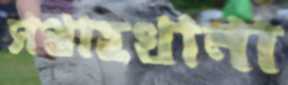
সপ্তাহখানা